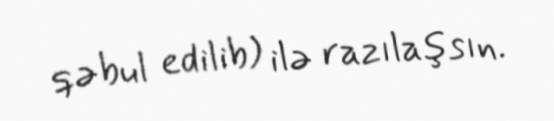
qəbul edilib) ilə razılaşsın.